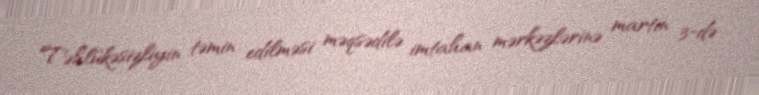
Təhlükəsizliyin təmin edilməsi məqsədilə imtahan mərkəzlərinə martın 3-də